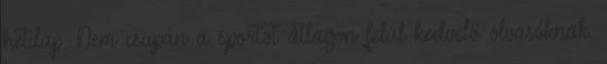
hetilap. Nem csupán a sportot átlagon felül kedvelő olvasóknak.